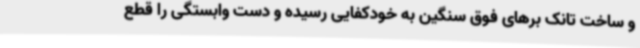
و ساخت تانک برهای فوق سنگین به خودکفایی رسیده و دست وابستگی را قطع